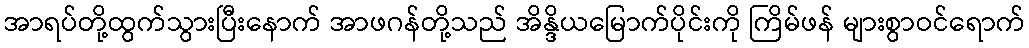
အာရပ်တို့ထွက်သွားပြီးနောက် အာဖဂန်တို့သည် အိန္ဒိယမြောက်ပိုင်းကို ကြိမ်ဖန် များစွာဝင်ရောက်